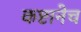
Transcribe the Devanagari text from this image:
कष्टानेच